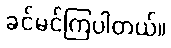
ခင်မင်ကြပါတယ်။